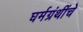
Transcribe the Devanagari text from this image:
घर्मग्रंथींचे